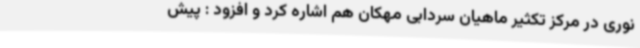
نوری در مرکز تکثیر ماهیان سردابی مهکان هم اشاره کرد و افزود : پیش